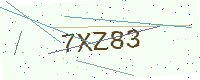
Text: 7XZ83